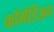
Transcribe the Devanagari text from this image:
कॉमेडिअन